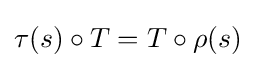
\tau (s)\circ T=T\circ \rho (s)